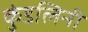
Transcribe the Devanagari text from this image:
कुंडलिनी